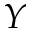
Y